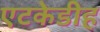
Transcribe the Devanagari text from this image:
एटकेडीह